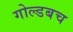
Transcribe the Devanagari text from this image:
गोल्डबच